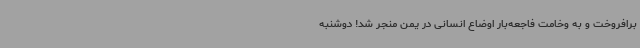
برافروخت و به وخامت فاجعه‌بار اوضاع انسانی در یمن منجر شد! دوشنبه